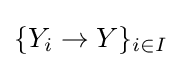
\{Y_{i}\to Y\}_{i\in I}